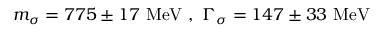
m _ { \sigma } = 7 7 5 \pm 1 7 \ \mathrm { M e V } \ , \ \Gamma _ { \sigma } = 1 4 7 \pm 3 3 \ \mathrm { M e V }